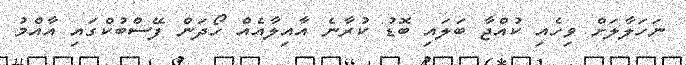
ނަހަލާލަށް ވިހެއި ކުއްޖާ ބަލައި ބޮޑު ކުރާނެ އާއިލާއެއް ހޯދަން ފޭސްބުކްގައި އާއްމު